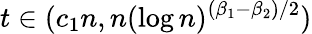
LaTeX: t\in(c_{1}n,n(\log n)^{(\beta_{1}-\beta_{2})/2})